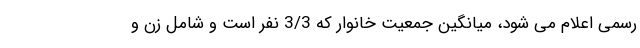
رسمی اعلام می شود، میانگین جمعیت خانوار که 3/3 نفر است و شامل زن و